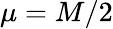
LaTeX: \mu=M/2